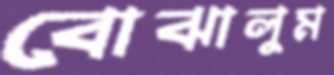
বোঝালুম